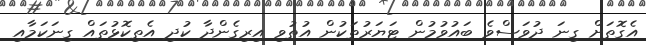
އެގޮތަށް ގިނަ ދުވަސްވެ ބައުވުމުން ޓަޔަރުތަކުން އުތުވި އިރިގެންދާ ކުދި އެތިކޮޅުތައް ގިނަކަމާއި